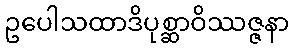
ဥပေါသထာဒိပုစ္ဆာဝိဿဇ္ဇနာ